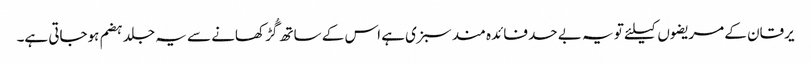
یرقان کے مریضوں کیلئے تو یہ بے حد فائدہ مند سبزی ہے اس کے ساتھ گُڑ کھانے سے یہ جلد ہضم ہوجاتی ہے۔